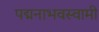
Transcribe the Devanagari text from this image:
पद्मनाभवस्वामी